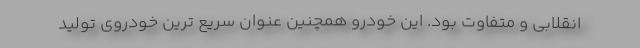
انقلابی و متفاوت بود. این خودرو همچنین عنوان سریع ترین خودروی تولید